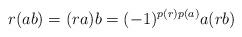
LaTeX: \begin{align*}r(ab)=(ra)b=(-1)^{p(r)p(a)}a(rb)\end{align*}